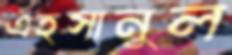
এহসানুল